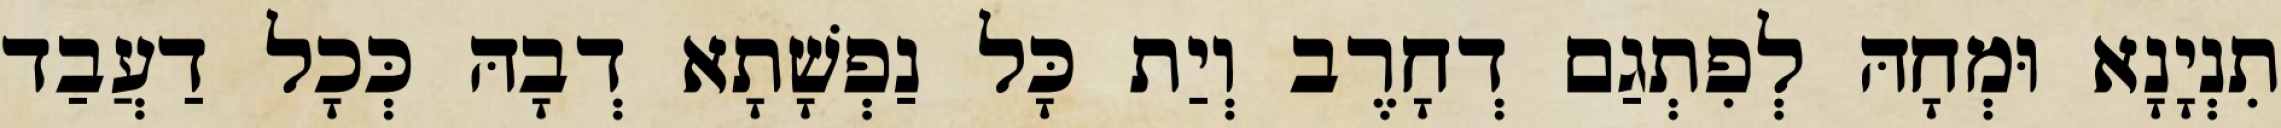
תִנְיָנָא וּמְחָהּ לְפִתְגַם דְחָרֶב וְיַת כָּל נַפְשָׁתָא דְבָהּ כְּכָל דַעֲבַד